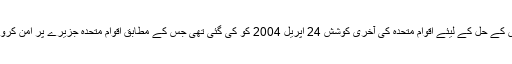
مسئلہ قبرص کے حل کے لیئے اقوام متحدہ کی آخری کوشش 24 اپریل 2004 کو کی گئی تھی جس کے مطابق اقوام متحدہ جزیرے پر امن کروانا چاہتا تھا۔